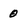
Character: 0